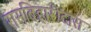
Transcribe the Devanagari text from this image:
रासबिहारीदास